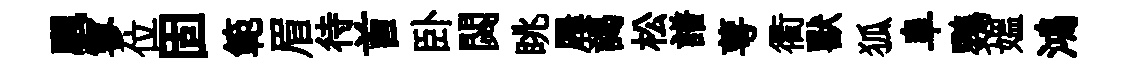
颿寥位固範眉待首卧閟眺屨謁松譜萼衢獸狐阜鸚媪鴻